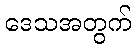
ဒေသအတွက်